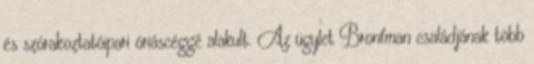
és szórakoztatóipari óriáscéggé alakult. Az ügylet Bronfman családjának több